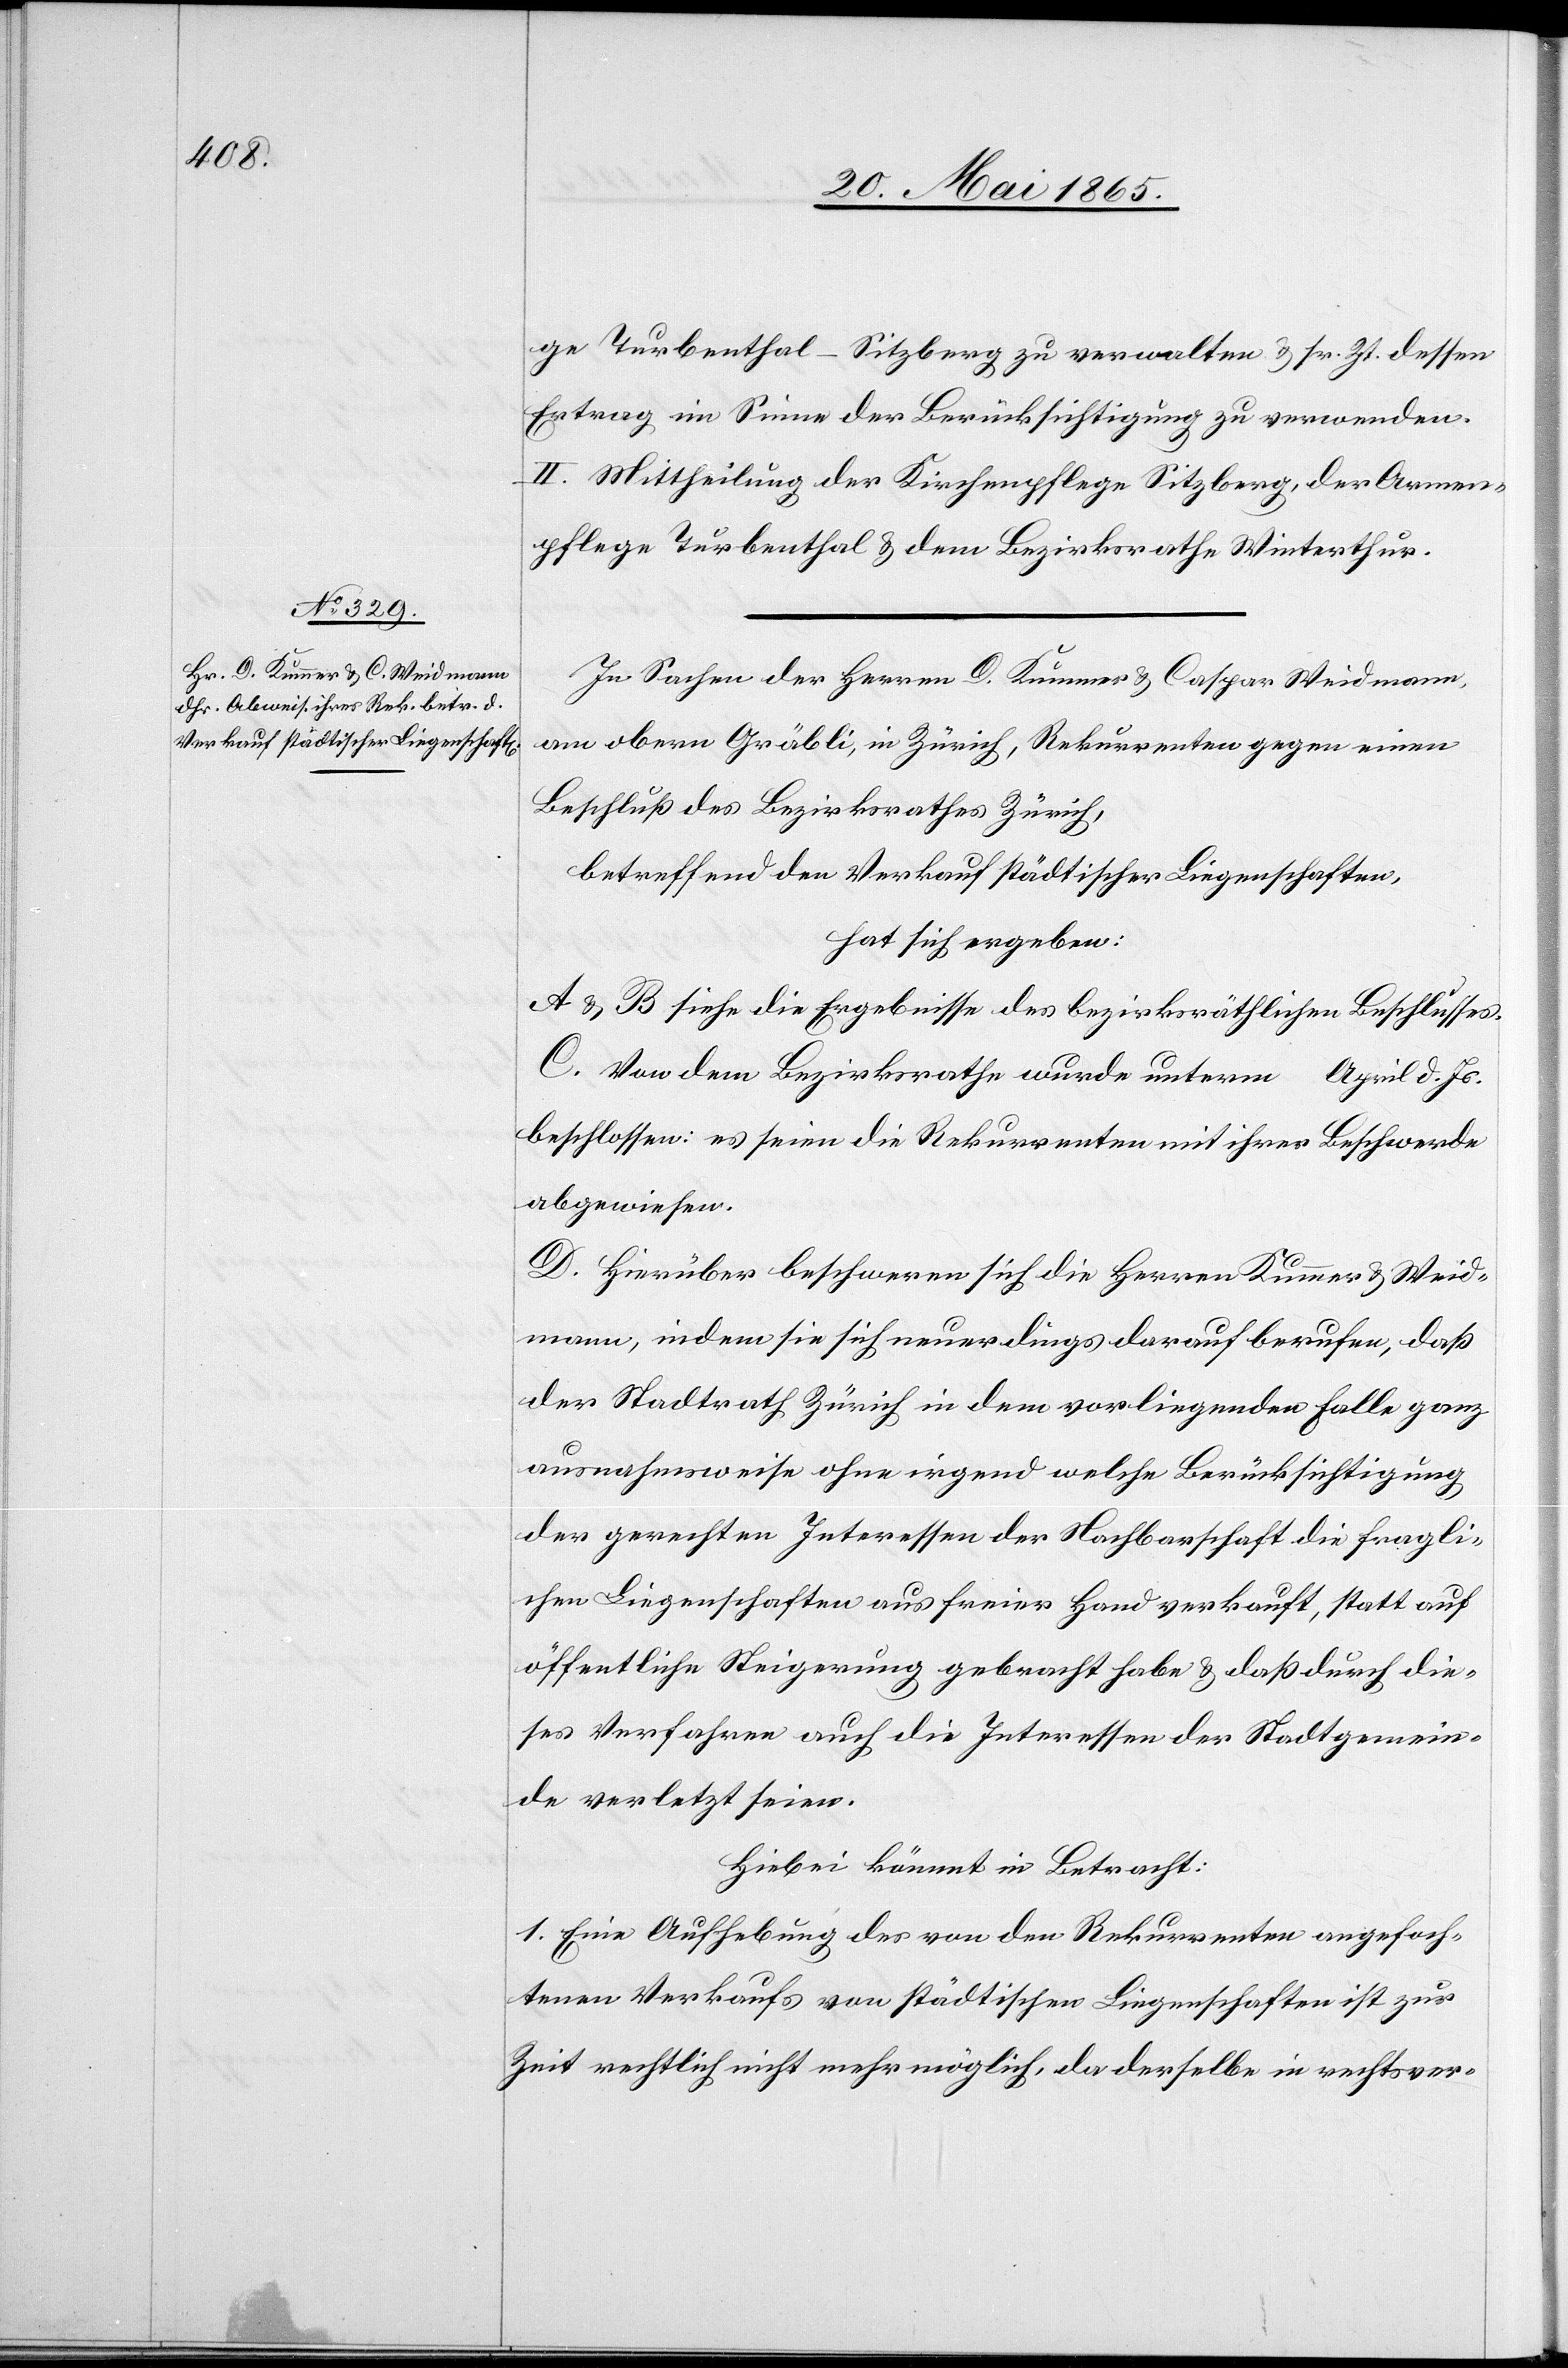
ge Turbenthal-Sitzberg zu verwalten & sr. Zt. dessen
Ertrag im Sinne der Berücksichtigung zu verwenden.
II. Mittheilung der Kirchenpflege Sitzberg, der Armen¬
pflege Turbenthal & dem Bezirksrathe Winterthur.
In Sachen der Herren D. Kummer & Caspar Weidmann,
am obern Gräbli, in Zürich, Rekurrenten gegen einen
Beschluß des Bezirksrathes Zürich,
betreffend den Verkauf städtischer Liegenschaften,
hat sich ergeben:
A & B siehe die Ergebnisse des bezirksräthlichen Beschlusses.
C. Von dem Bezirksrathe wurde unterm … April d. Js.
beschlossen: es seien die Rekurrenten mit ihrer Beschwerde
abgewiesen.
D. Hierüber beschweren sich die Herren Kummer & Weid¬
mann, indem sie sich neuerdings darauf berufen, daß
der Stadtrath Zürich in dem vorliegenden Falle ganz
ausnahmsweise ohne irgend welche Berücksichtigung
der gerechten Interessen der Nachbarschaft die fragli¬
chen Liegenschaften aus freier Hand verkauft, statt auf
öffentliche Steigerung gebracht habe & daß durch die¬
ses Verfahren auch die Interessen der Stadtgemein¬
de verletzt seien.
Hiebei kömmt in Betracht:
1. Eine Aufhebung des von den Rekurrenten angefoch¬
tenen Verkaufs von städtischen Liegenschaften ist zur
Zeit rechtlich nicht mehr möglich, da derselbe in rechstver-